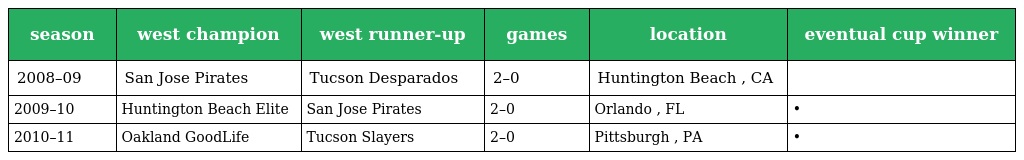
| season | west champion | west runner-up | games | location | eventual cup winner |
 | --- | --- | --- | --- | --- | --- |
 | 2008–09 | San Jose Pirates | Tucson Desparados | 2–0 | Huntington Beach , CA |  |
 | 2009–10 | Huntington Beach Elite | San Jose Pirates | 2–0 | Orlando , FL | • |
 | 2010–11 | Oakland GoodLife | Tucson Slayers | 2–0 | Pittsburgh , PA | • |